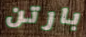
بارتن